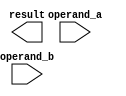
module sequential_booth_multiplier(
    input wire [7:0] operand_a,
    input wire [7:0] operand_b,
    output reg [15:0] result
);

// Implementing Sequential Booth Multiplier
// Your code goes here...

endmodule